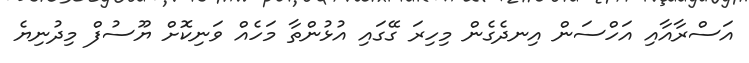
އަސްރާއާއި އަހްސަން އިނދެގެން މިހިރަ ގޭގައި އުޅުންތާ މަހެއް ވަނިކޮށް ޔޫސުފް މިދުނިޔެ